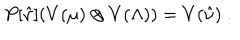
P [ \hat { \nu } ] ( V ( \mu ) \otimes V ( \Lambda ) ) = V ( \hat { \nu } ) \; .